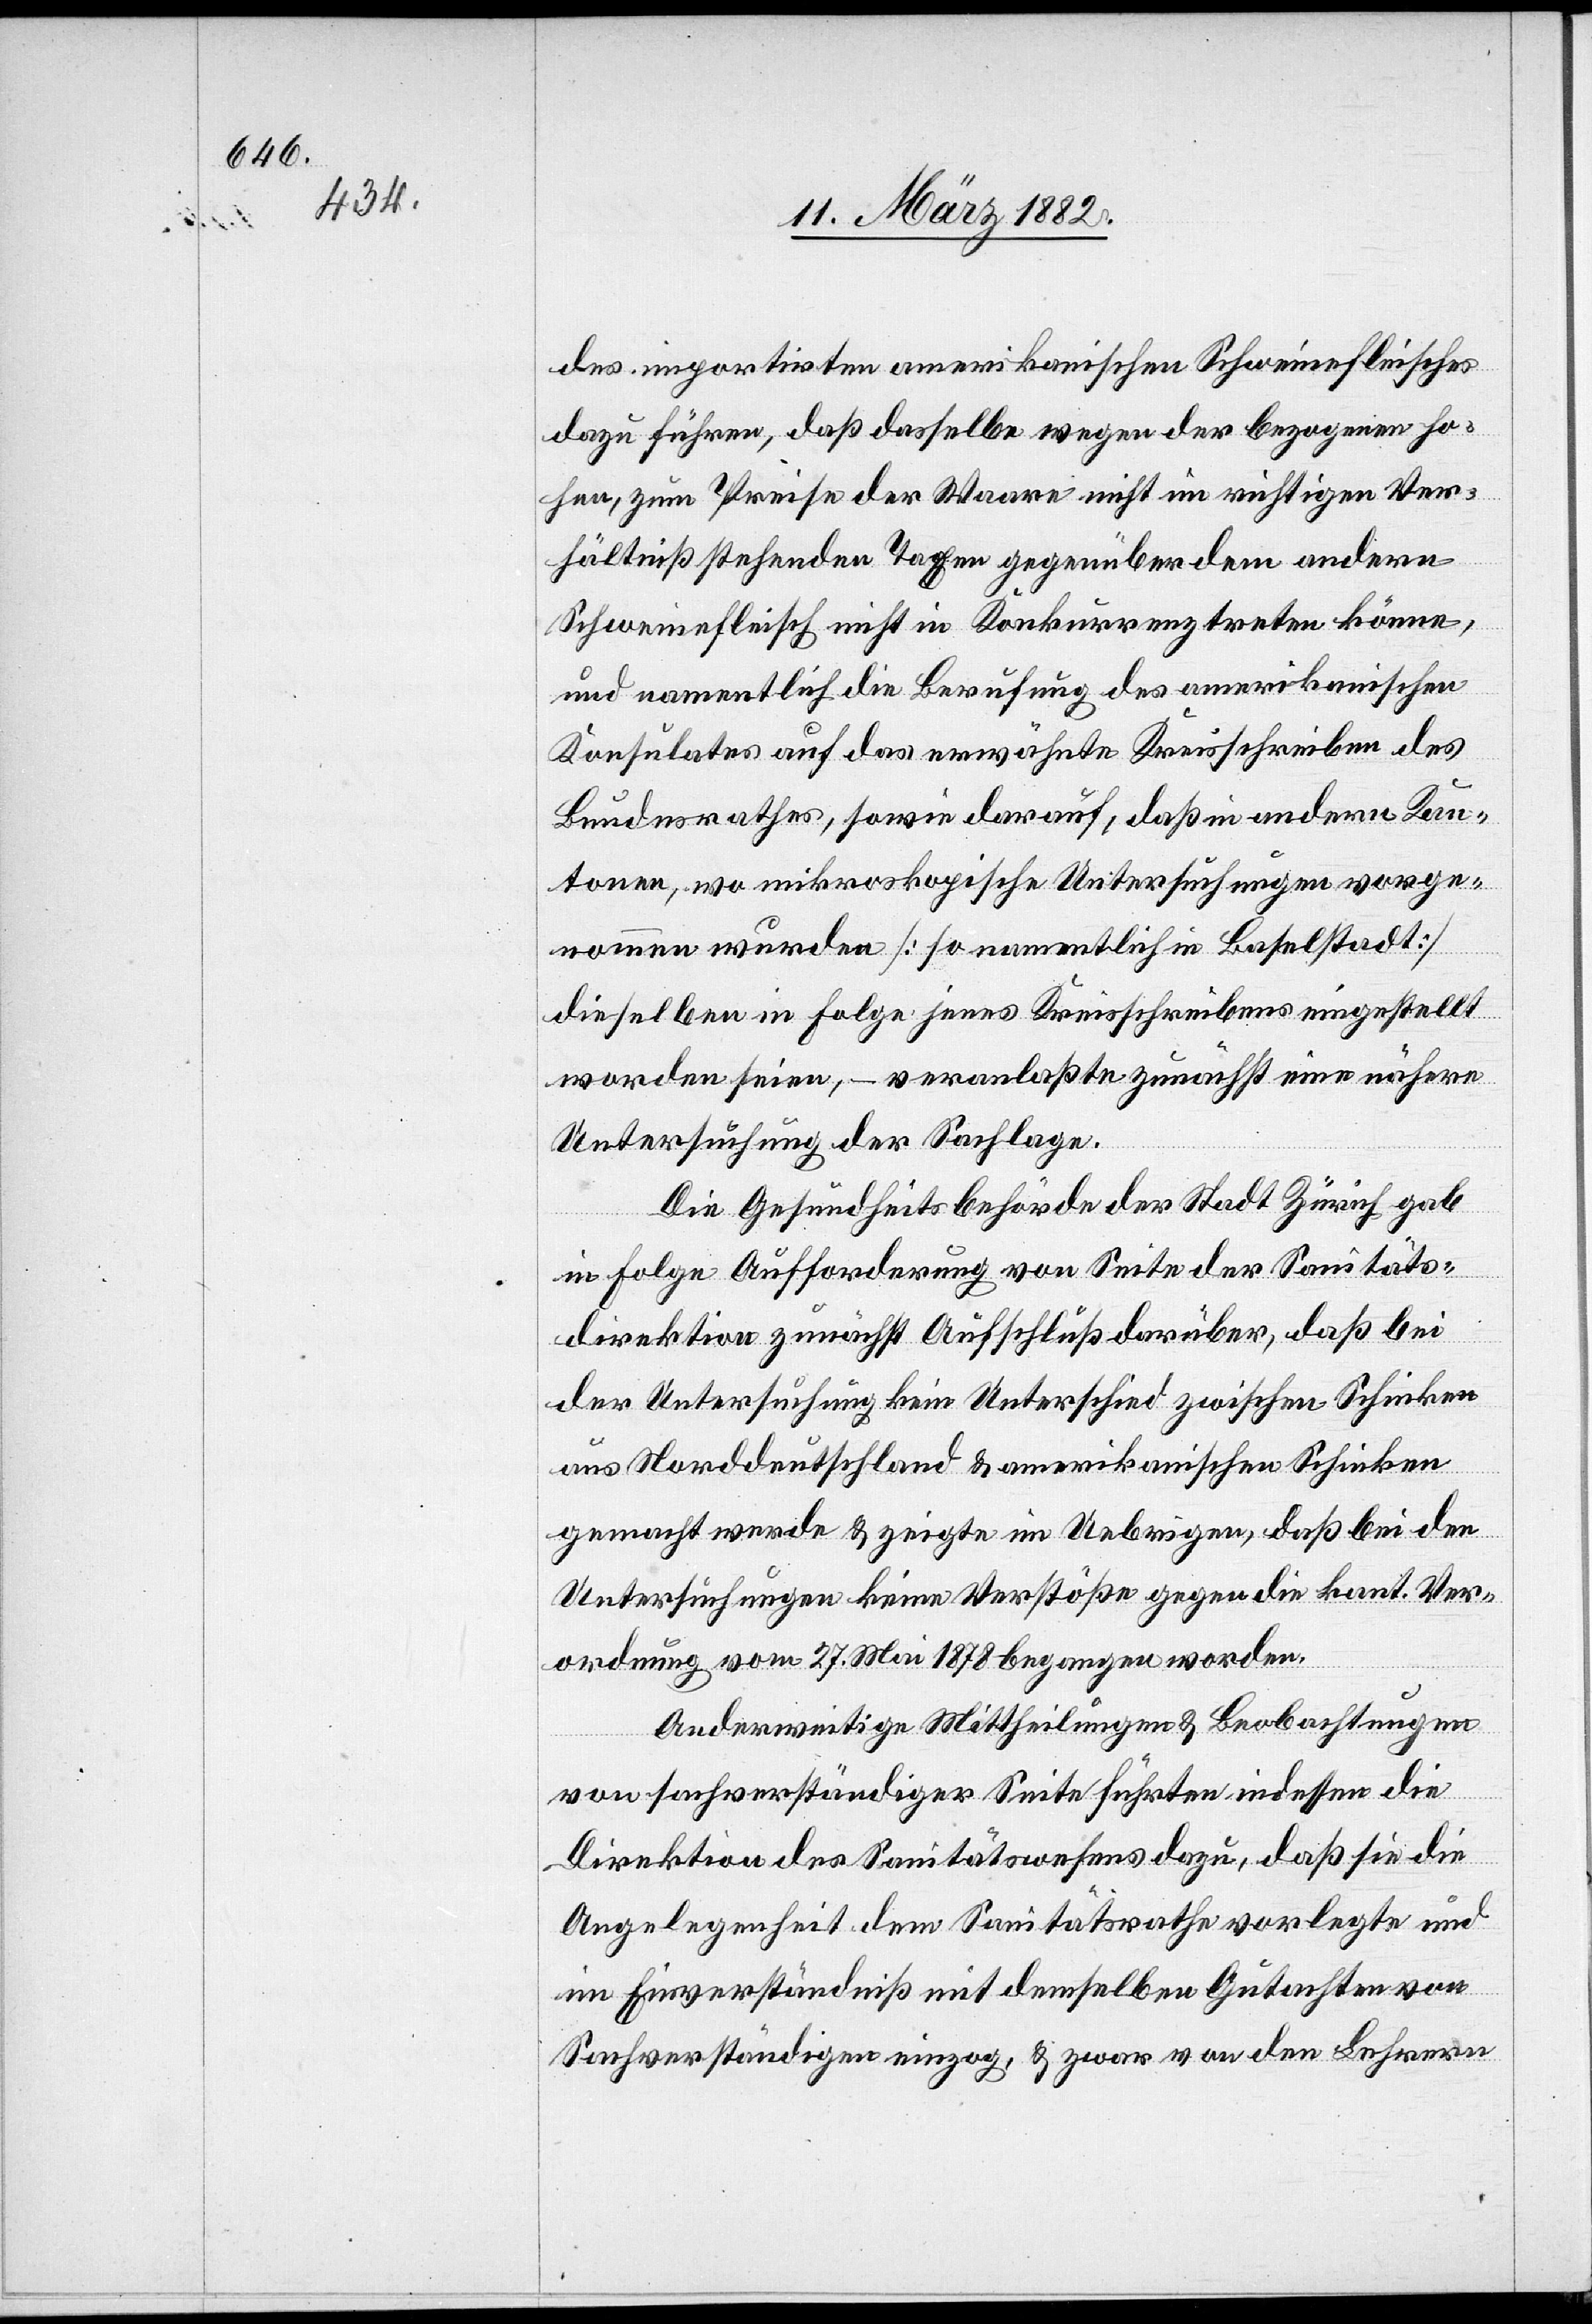
des importirten amerikanischen Schweinefleisches
dazu führen, daß dasselbe wegen der bezogenen ho¬
hen, zum Preise der Waare nicht in richtigem Ver¬
hältniß stehenden Taxen gegenüber dem andern
Schweinefleisch nicht in Konkurrenz treten könne,
und namentlich die Berufung des amerikanischen
Konsulates auf das erwähnte Kreisschreiben des
Bundesrathes, sowie darauf, daß in andern Kan¬
tonen, wo mikroskopische Untersuchungen vorge¬
nommen wurden [so namentlich in Baselstadt]
dieselben in Folge jenes Kreisschreiben eingestellt
worden seien, – veranlaßte zunächst eine nähere
Untersuchung der Sachlage.
Die Gesundheitsbehörde der Stadt Zürich gab
in Folge Aufforderung von Seite der Sanitäts¬
direktion zunächst Aufschluß darüber, daß bei
der Untersuchung kein Unterschied zwischen Schinken
aus Norddeutschland & amerikanischem Schinken
gemacht werde & zeigte im Uebrigen, daß bei den
Untersuchungen keine Verstöße gegen die kant. Ver¬
ordnung vom 27. Mai 1878 begangen worden.
Anderweitige Mittheilungen & Beobachtungen
von fachverständiger Seite führten indessen die
Direktion des Sanitätswesens dazu, daß sie die
Angelegenheit dem Sanitätsrathe vorlegte und
im Einverständniß mit demselben Gutachten von
Sachverständigen einzog, & zwar von den Lehrern